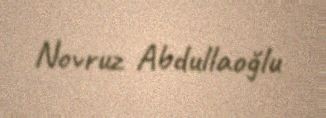
Novruz Abdullaoğlu